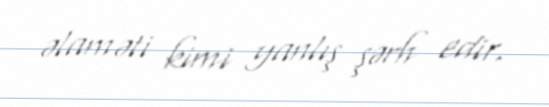
əlaməti kimi yanlış şərh edir.